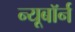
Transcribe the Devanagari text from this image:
न्यूबॉर्न